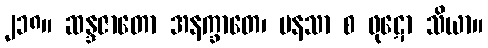
၂၁၈။ ဆန္ဒဇာတော အနက္ခာတေ၊ မနသာ စ ဖုဋော သိယာ။